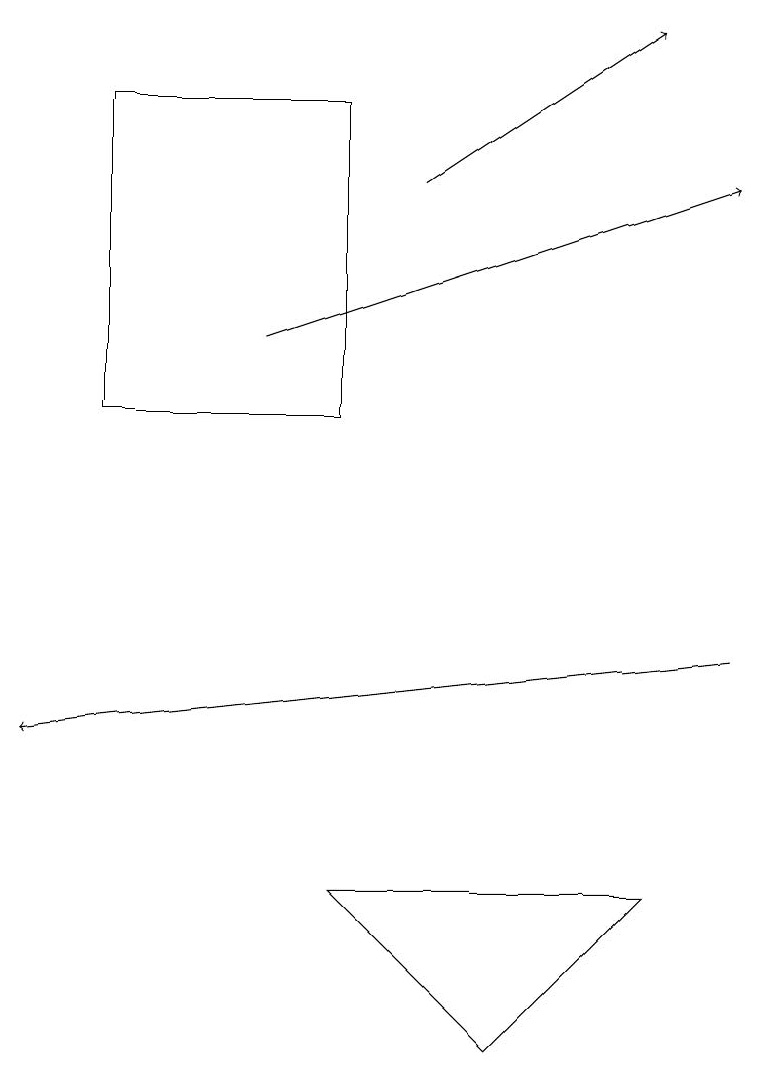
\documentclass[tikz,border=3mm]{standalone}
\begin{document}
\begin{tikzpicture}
\draw[->] (5,17) -- (8,19);
\draw[->] (3,15) -- (9,17);
\draw (8,8) -- (4,8) -- (6,6) -- cycle;
\draw[->] (9,11) -- (0,10);
\draw (1,14) rectangle (4,18);
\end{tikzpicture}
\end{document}